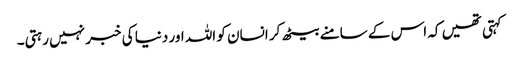
کہتی تھیں کہ اس کے سامنے بیٹھ کر انسان کو اللہ اور دنیا کی خبر نہیں رہتی۔